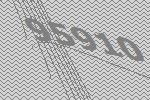
95910